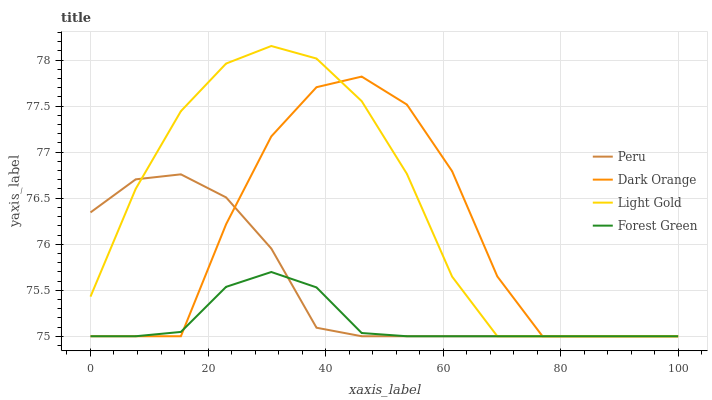
| xaxis_label | Peru | Dark Orange | Light Gold | Forest Green |
 | --- | --- | --- | --- | --- |
 | 0 | 76.3 | 75 | 75.4 | 75 |
 | 7.69 | 76.7 | 75 | 76.6 | 75 |
 | 15.4 | 76.8 | 75 | 77.4 | 75 |
 | 23.1 | 76.5 | 76.2 | 78 | 75.5 |
 | 30.8 | 76 | 77.2 | 78.2 | 75.7 |
 | 38.5 | 75.1 | 77.7 | 78 | 75.5 |
 | 46.2 | 75 | 77.8 | 77.6 | 75 |
 | 53.8 | 75 | 77.5 | 76.8 | 75 |
 | 61.5 | 75 | 76.8 | 75.6 | 75 |
 | 69.2 | 75 | 75.7 | 75 | 75 |
 | 76.9 | 75 | 75 | 75 | 75 |
 | 84.6 | 75 | 75 | 75 | 75 |
 | 92.3 | 75 | 75 | 75 | 75 |
 | 100 | 75 | 75 | 75 | 75 |